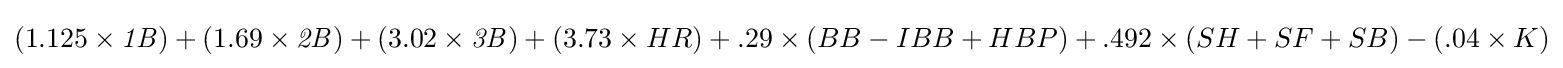
(1.125\times {\mathit {1B}})+(1.69\times {\mathit {2B}})+(3.02\times {\mathit {3B}})+(3.73\times HR)+.29\times (BB-IBB+HBP)+.492\times (SH+SF+SB)-(.04\times K)